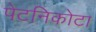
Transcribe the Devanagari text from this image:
पेटनिकोटा